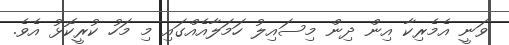
ވަނީ އެމެރިކާ އިން ދިން މިސައިލު ހަމަލާއެއްގައި މި މަހު ކުރީކޮޅު އެވެ.